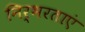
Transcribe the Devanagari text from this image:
निर्भरताएं